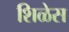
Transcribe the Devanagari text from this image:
शिळेस